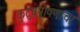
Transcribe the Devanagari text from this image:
कुटुंबपोषणाचा